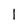
Character: 1